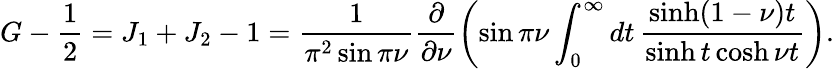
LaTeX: G-{\frac{1}{2}}=J_{1}+J_{2}-1=\frac{1}{\pi^{2}\sin\pi\nu}\frac{\partial}{\partial\nu}\left(\sin\pi\nu\int_{0}^{\infty}dt\, \frac{\sinh(1-\nu)t}{\sinh t\cosh\nu t}\right).